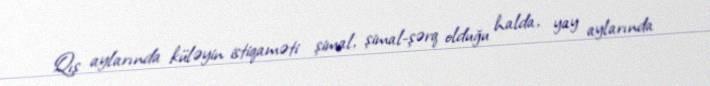
Qış aylarında küləyin istiqaməti şimal, şimal-şərq olduğu halda, yay aylarında